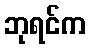
ဘုရင်က